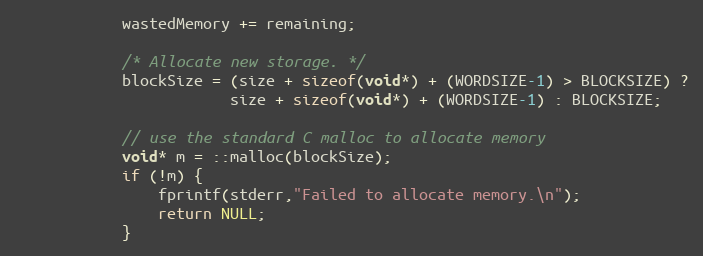
Language: C
            wastedMemory += remaining;

            /* Allocate new storage. */
            blockSize = (size + sizeof(void*) + (WORDSIZE-1) > BLOCKSIZE) ?
                        size + sizeof(void*) + (WORDSIZE-1) : BLOCKSIZE;

            // use the standard C malloc to allocate memory
            void* m = ::malloc(blockSize);
            if (!m) {
                fprintf(stderr,"Failed to allocate memory.\n");
                return NULL;
            }